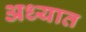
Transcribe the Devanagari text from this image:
अध्यात